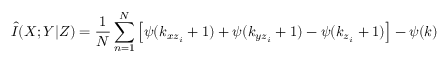
\widehat { I } ( X ; Y | Z ) = \frac { 1 } { N } \sum _ { n = 1 } ^ { N } \left[ \psi ( k _ { x z _ { i } } + 1 ) + \psi ( k _ { y z _ { i } } + 1 ) - \psi ( k _ { z _ { i } } + 1 ) \right] - \psi ( k )